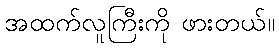
အထက်လူကြီးကို ဖားတယ်။